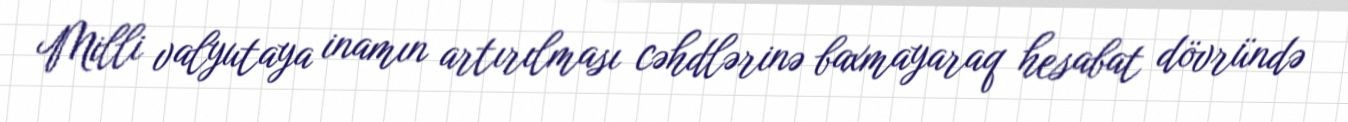
Milli valyutaya inamın artırılması cəhdlərinə baxmayaraq hesabat dövründə